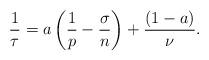
LaTeX: \begin{align*} \frac{1}{\tau}=a\left(\frac{1}{p}-\frac{\sigma}{n}\right)+\frac{(1-a)}{\nu}.\end{align*}